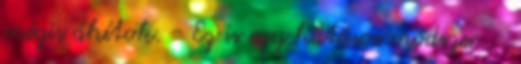
mégis áhítok. - Ez is egy hatásos módszer :